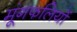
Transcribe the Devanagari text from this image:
मूंगफलियों